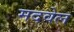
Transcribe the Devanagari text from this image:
मदवेल